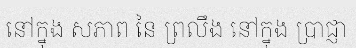
នៅក្នុង សភាព នៃ ព្រលឹង នៅក្នុង ប្រាជ្ញា